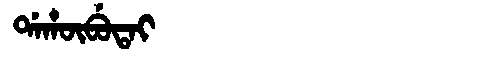
Manchu: ᡩᠠᡥᡡᠪᡠᡨᠠᡳ
Romanization: DAHŪBUTAI